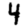
Digit: 4